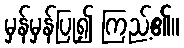
မှန်မှန်ပြု၍ ကြည့်၏။